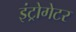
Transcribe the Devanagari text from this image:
इंट्रोगेटर